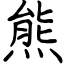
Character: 熊